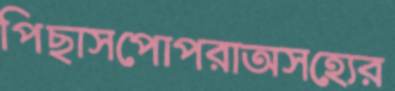
পিছাসপোপরাঅসহ্যের